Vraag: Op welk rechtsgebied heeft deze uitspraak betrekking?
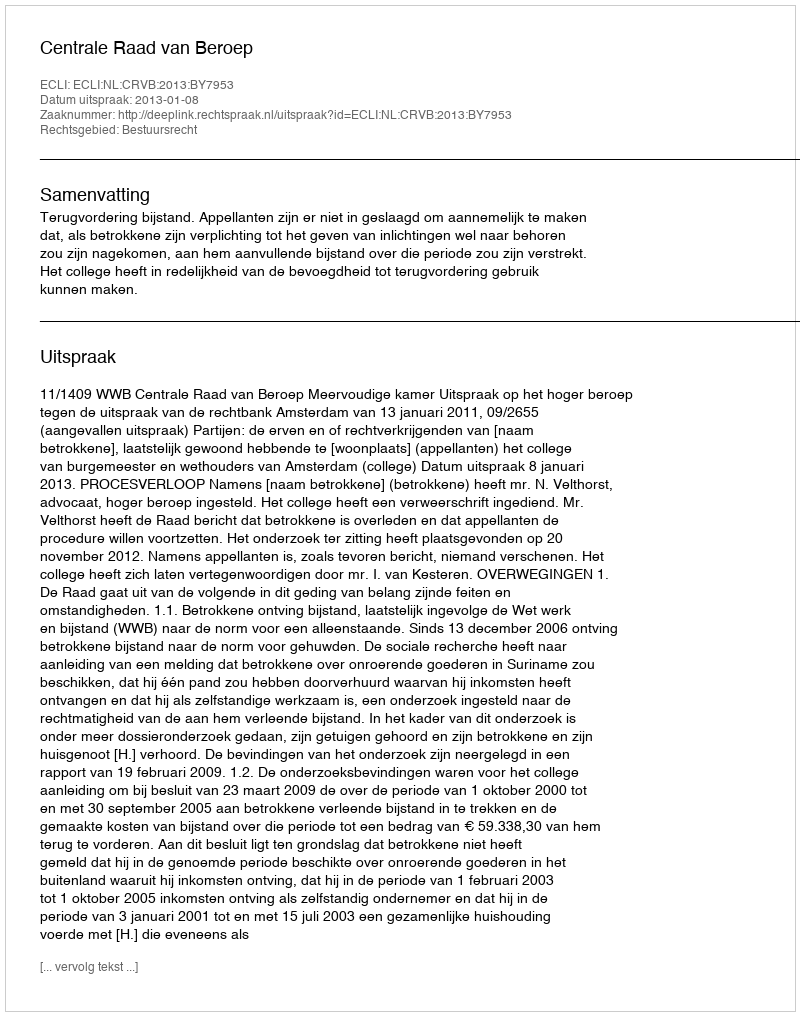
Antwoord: Bestuursrecht